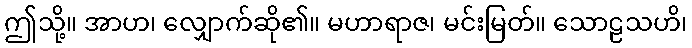
ဤသို့။ အာဟ၊ လျှောက်ဆို၏။ မဟာရာဇ၊ မင်းမြတ်။ သောဠသဟိ၊